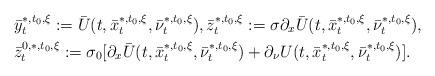
LaTeX: \begin{align*}\begin{aligned}&\bar y_t^{*,t_0,\xi}:=\bar U(t,\bar x_t^{*,t_0,\xi}, \bar \nu_t^{*,t_0,\xi}),\bar z_t^{*,t_0,\xi}:=\sigma\partial_x\bar U(t,\bar x_t^{*,t_0,\xi},\bar \nu_t^{*,t_0,\xi}),\\& \bar z_t^{0,*,t_0,\xi}:=\sigma_0[\partial_x\bar U(t,\bar x_t^{*,t_0,\xi},\bar\nu_t^{*,t_0,\xi})+\partial_\nu U(t,\bar x_t^{*,t_0,\xi},\bar\nu_t^{*,t_0,\xi})]. \end{aligned}\end{align*}